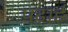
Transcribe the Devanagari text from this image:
पढ़ाईं